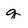
Character: q